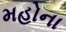
મહોના